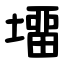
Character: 㙧